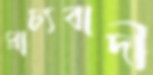
প্রাচ্যবাদী